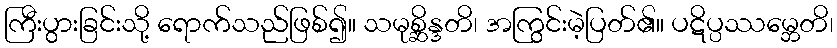
ကြီးပွားခြင်းသို့ ရောက်သည်ဖြစ်၍။ သမုစ္ဆိန္ဒတိ၊ အကြွင်းမဲ့ပြတ်၏။ ပဋိပ္ပဿမ္ဘေတိ၊